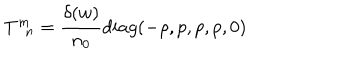
T _ { \; \; n } ^ { m } = \frac { \delta ( w ) } { n _ { 0 } } d i a g ( - \rho , p , p , p , 0 )